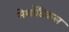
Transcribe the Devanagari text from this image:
मेथॉडिकल